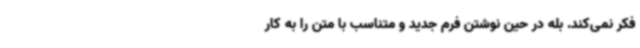
فکر نمی‌کند. بله در حین نوشتن فرم جدید و متناسب با متن را به کار